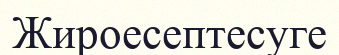
Жироесептесуге